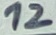
Text: 12